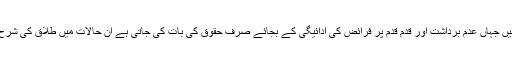
آج کل کے معاشرے میں جہاں عدم برداشت اور قدم قدم پر فرائض کی ادائیگی کے بجائے صرف حقوق کی بات کی جاتی ہے ان حالات میں طلاق کی شرح بہت زیادہ ہوگئی ہے۔